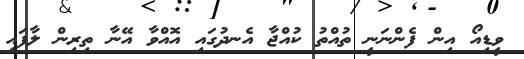
ވީޑިއޯ އިން ފެންނަނީ ތުއްތު ކުއްޖާ އެނދުގައި އޮއްވާ އޭނާ ތިރިން ލާފައި